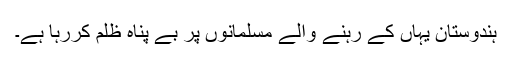
ہندوستان یہاں کے رہنے والے مسلمانوں پر بے پناہ ظلم کررہا ہے۔